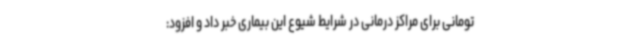
تومانی برای مراکز درمانی در شرایط شیوع این بیماری خبر داد و افزود: